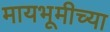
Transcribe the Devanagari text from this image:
मायभूमीच्या